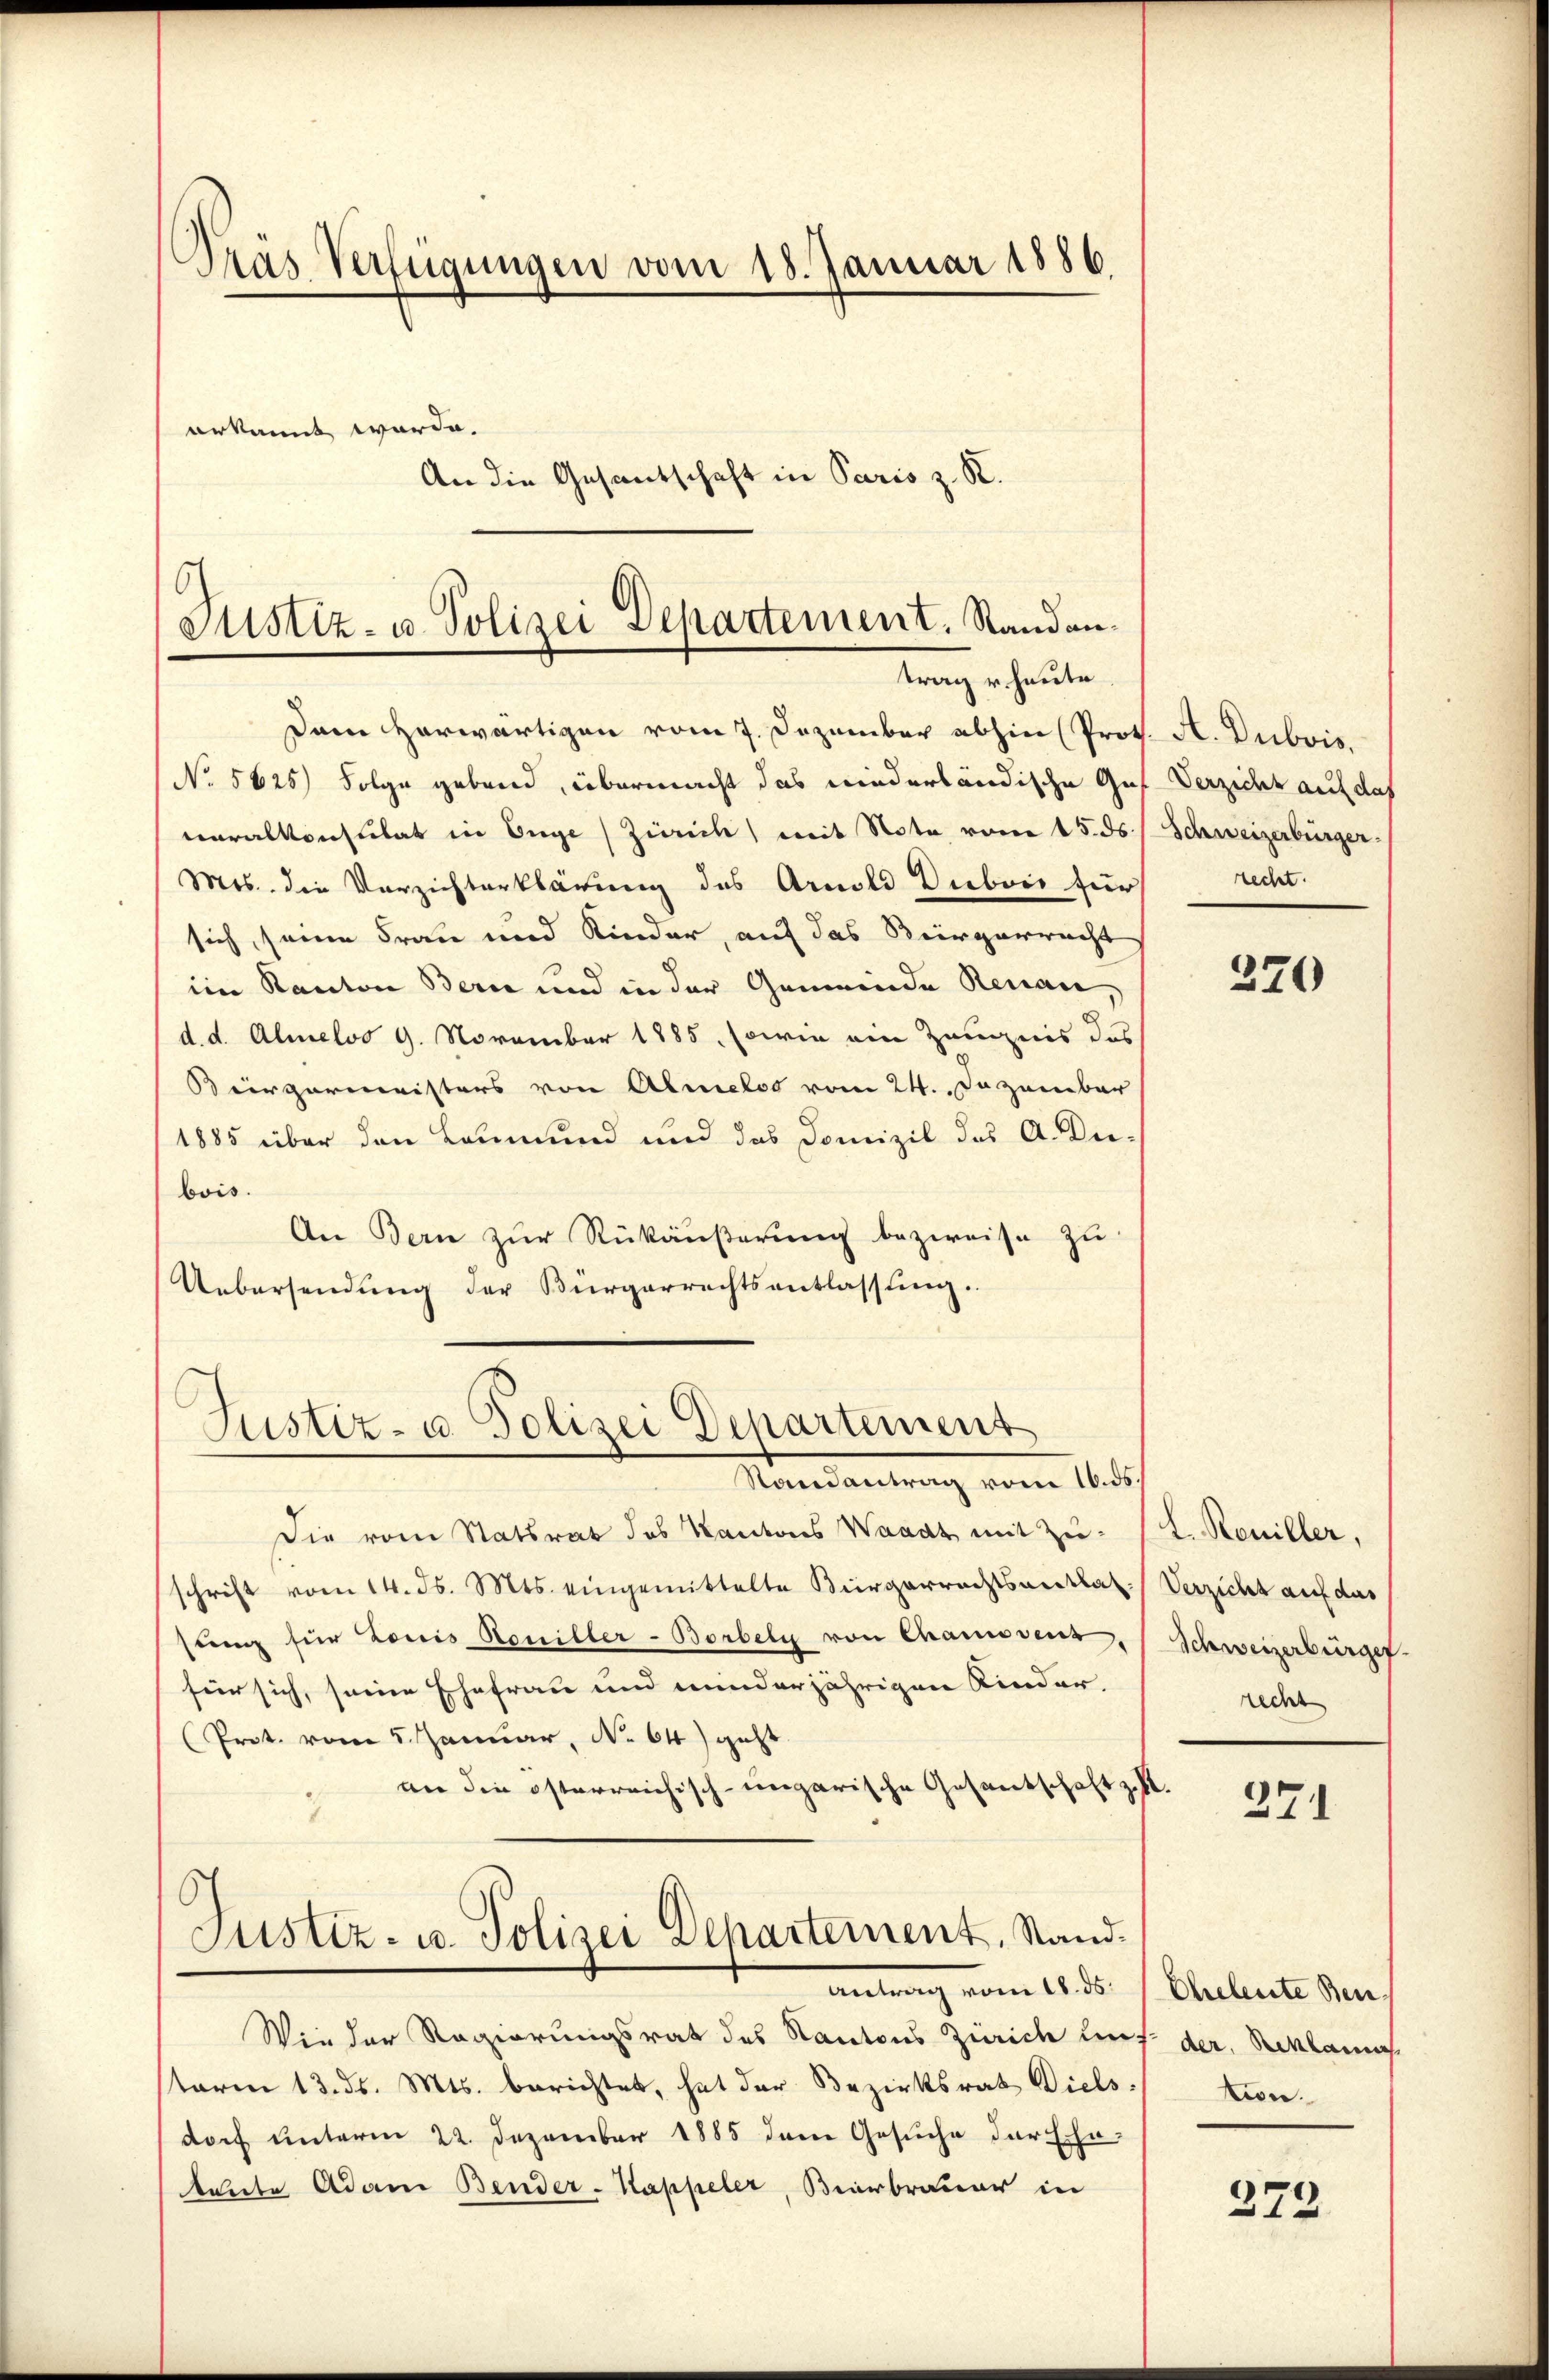
Pras Verfügungen vom 18. Januar 1856.
erkannt werde.
An die Gesandschaft in Paris z. R.

Justiz- u. Polizei Departement, Randantrag u. heute

Dann herwärtigen vom 7. Dezember abhin Prof. A. Dubois,
No 5625) Folge gebend, übermacht das niederländische Ges. Verzicht auf das
veralkonsulat in Enge Zürich mit Note vom 15. ds Schweizerbürger
Mis. die Verzichterklärung des Arnold Diebois für recht.
sich, seine Frau und Kinder, auf das Bürgerrecht
im Kanton Bern und in der Gemeinde Renau,
d. d. Almeloo 9. November 1885, sowie ein Zeugnis das
Biirgermeisters von Almelos vom 24. Dezember
1885 über den Leumund und das Domizil des A. Die-
bois.
An Bern zur Rükäußerung bezweife zu
Uebersendung der Bürgerrechtsentlassung.

c
Justiz- u. Polizei Departement
Randantrag vom 16. ds.

Die vom Statsrat des Kantons Waadt mit Zŭ- (L. Reniller,
schrift vom 14. ds. Mts. eingemittelte Bürgerrechtsanstal. Verzicht auf das
sung für Louis Reniller-Borbeln von Chamidenz,
für sich, seine Ehefrau und minderjährigen Kinder-
(Prot. vom 5. Januar, No 64) geht.
an die österreichisch-ungarische Gesantschaft z. B.
6
Justiz- u. Polizei Departement, Stand.
antrag vom 18. ds. f. Eheleute den
Wie der Regierungsrat des Kantons Zürich uns der Reklamas
term 13. ds. Mts. berichtet, hat der Bezirksrat Diels-
doch unterm 22. Dezember 1885 den Gesuche der Ehe-
taute Adam Bender-Kappeler, Bierbrauer in

370

Schweizerbürger
recht

271

tion.

272